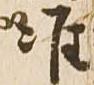
准